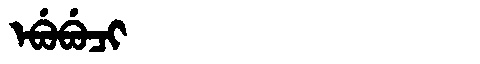
Manchu: ᡝᠪᡠᠪᡠᠴᡳ
Romanization: EBUBUCI